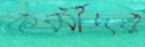
কর্মীদর